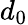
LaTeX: d_{0}